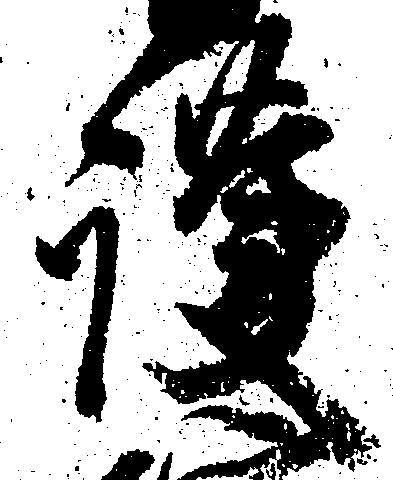
護